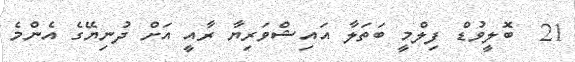
21  ބޮލީވުޑް ފިލްމީ ބަތަލާ އައިޝްވަރިޔާ ރާއީ އަށް ދުނިޔޭގެ އެންމެ